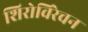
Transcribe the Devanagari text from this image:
शिरोविरेचन